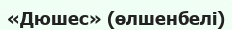
«Дюшес» (өлшенбелі)